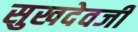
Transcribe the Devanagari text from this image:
सुखदेवजी